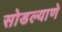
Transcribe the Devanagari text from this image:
सोडल्याणे